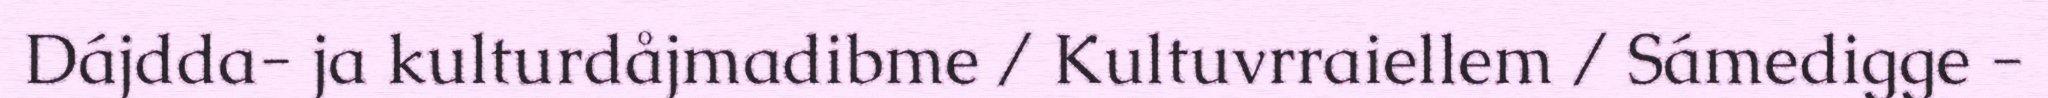
Dájdda- ja kulturdåjmadibme / Kultuvrraiellem / Sámedigge -